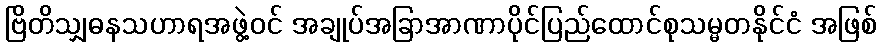
ဗြိတိသျှဓနသဟာရအဖွဲ့ဝင် အချုပ်အခြာအာဏာပိုင်ပြည်ထောင်စုသမ္မတနိုင်ငံ အဖြစ်